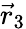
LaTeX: \vec{r}_{3}